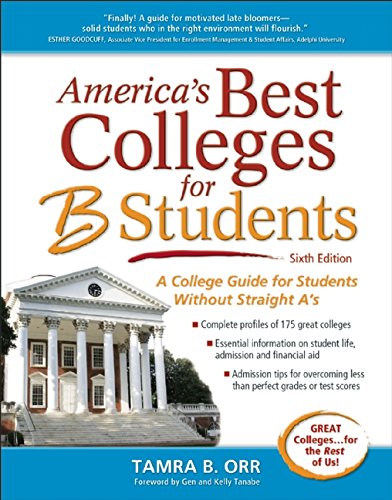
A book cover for America's Best Colleges for B Students; Tamra B. Orr; Education & Teaching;